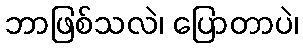
ဘာဖြစ်သလဲ၊ ပြောတာပဲ၊